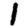
Digit: 1